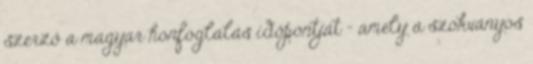
szerző a magyar honfoglalás időpontját – amely a szokványos